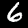
Digit: 6